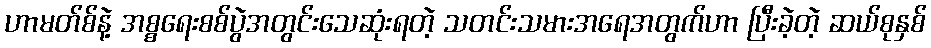
ဟာမတ်စ်နဲ့ အစ္စရေးစစ်ပွဲအတွင်းသေဆုံးရတဲ့ သတင်းသမားအရေအတွက်ဟာ ပြီးခဲ့တဲ့ ဆယ်စုနှစ်